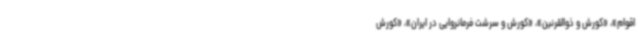
اقوام»، «کورش و ذوالقرنین»، «کورش و سرشت فرمانروایی در ایران»، «کورش